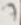
Text: 7